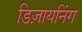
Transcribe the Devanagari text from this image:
डिज़ायनिंग